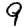
Digit: 9